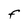
Character: F